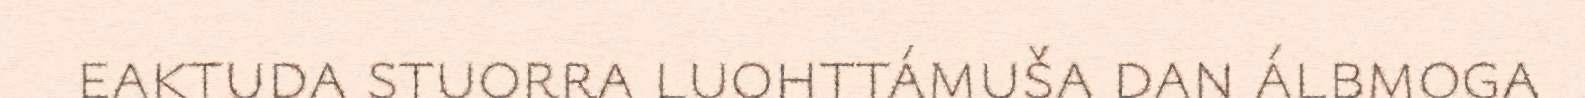
eaktuda stuorra luohttámuša dan álbmoga